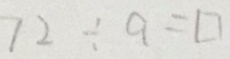
7 2 \div a = \square